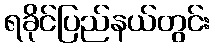
ရခိုင်ပြည်နယ်တွင်း